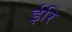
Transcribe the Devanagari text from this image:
ईरि